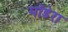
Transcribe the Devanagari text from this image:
मॉडेरा